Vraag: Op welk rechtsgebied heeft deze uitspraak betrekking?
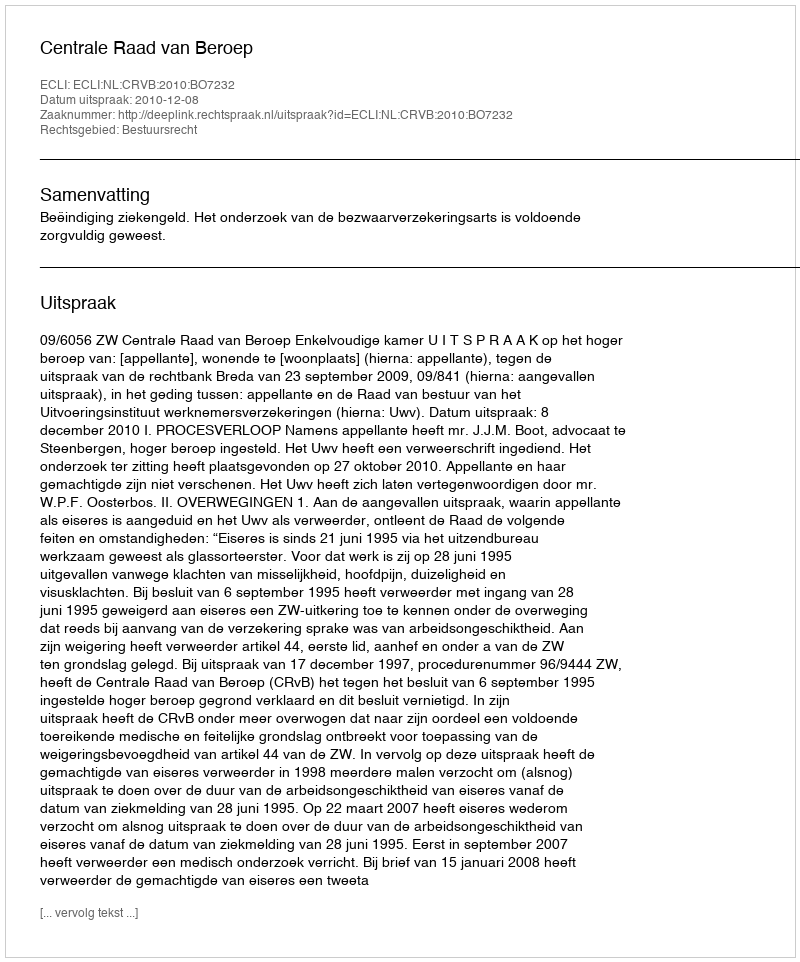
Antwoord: Bestuursrecht